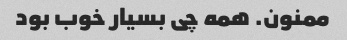
ممنون. همه چی بسیار خوب بود